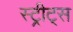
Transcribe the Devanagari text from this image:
स्ट्रीट्‌स